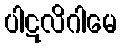
ပါဋလိဂါမေ